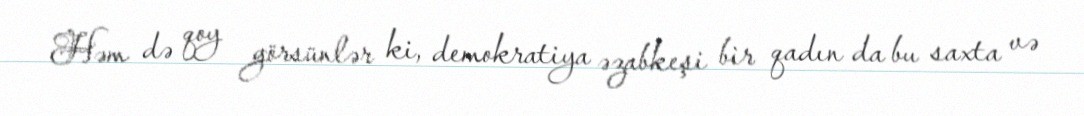
Həm də qoy görsünlər ki, demokratiya əzabkeşi bir qadın da bu saxta və